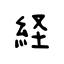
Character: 経